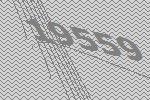
19559